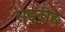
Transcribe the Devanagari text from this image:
राइदीह